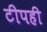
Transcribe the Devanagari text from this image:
टीपही